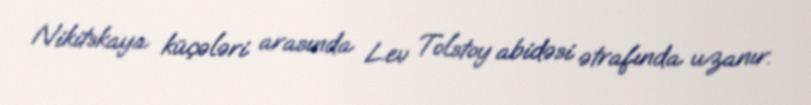
Nikitskaya küçələri arasında Lev Tolstoy abidəsi ətrafında uzanır.